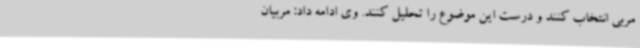
مربی انتخاب کنند و درست این موضوع را تحلیل کنند. وی ادامه داد: مربیان